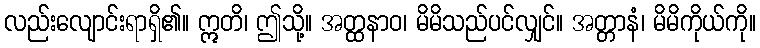
လည်းလျောင်းရာရှိ၏။ ဣတိ၊ ဤသို့။ အတ္ထနာဝ၊ မိမိသည်ပင်လျှင်။ အတ္တာနံ၊ မိမိကိုယ်ကို။